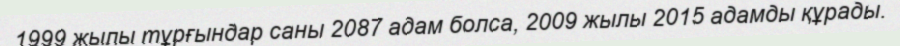
1999 жылы тұрғындар саны 2087 адам болса, 2009 жылы 2015 адамды құрады.